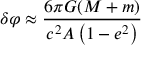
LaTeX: \delta \varphi \approx { \frac { 6 \pi G ( M + m ) } { c ^ { 2 } A \left( 1 - e ^ { 2 } \right) } }